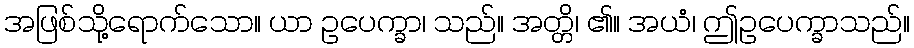
အဖြစ်သို့ရောက်သော။ ယာ ဥပေက္ခာ၊ သည်။ အတ္တိ၊ ၏။ အယံ၊ ဤဥပေက္ခာသည်။